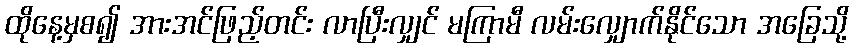
ထိုနေ့မှစ၍ အားအင်ဖြည့်တင်း လာပြီးလျှင် မကြာမီ လမ်းလျှောက်နိုင်သော အခြေသို့